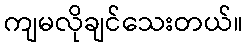
ကျမလိုချင်သေးတယ်။